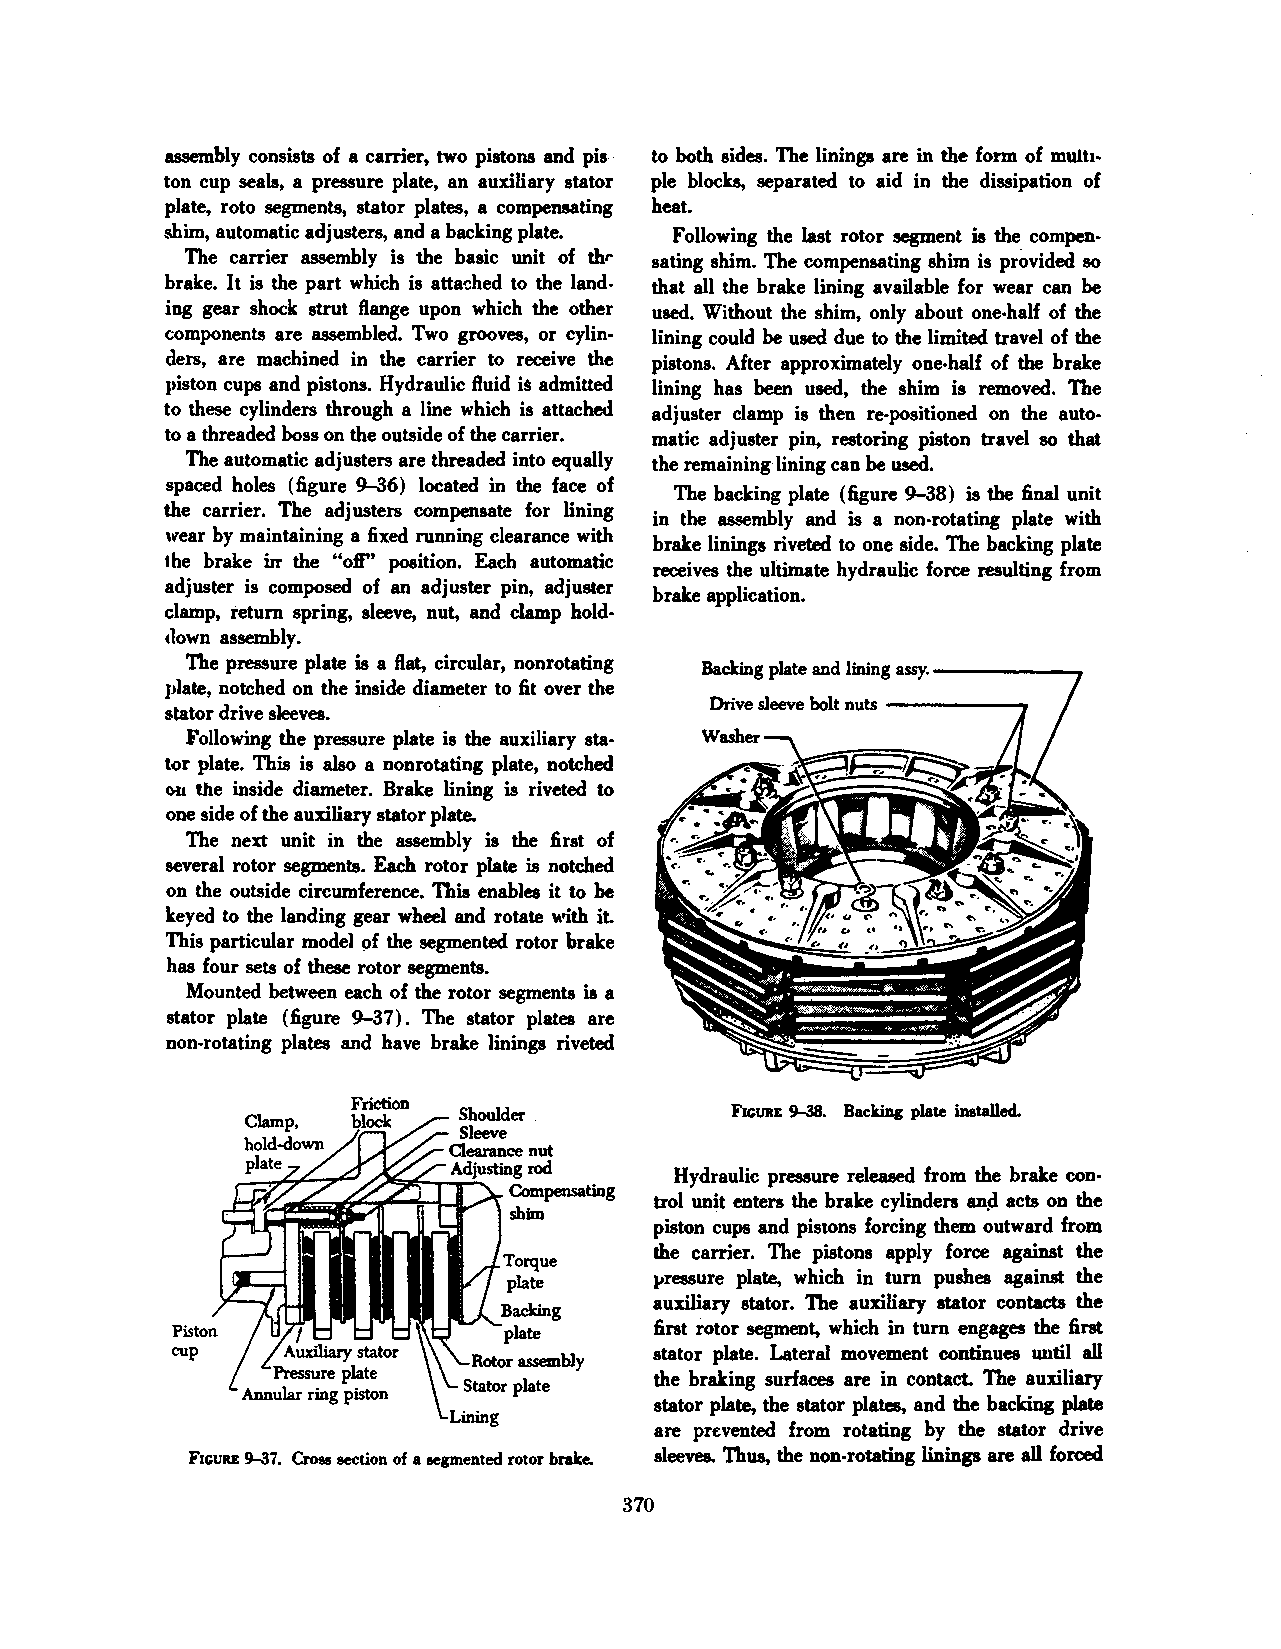
assembly consists of a carrier, two pistons and pis to both sides. The linings are in the form of multi·
 ton cup seals, a pressure plate, an auxiliary stator ple blocks, separated to aid in the dissipation of
 plate, roto segments, stator plates, a compensating heat.
 shim, automatic adjusters, and a backing plate. Following the last rotor segment is the compen
 The carrier assembly is the basic unit of thr sating shim. The compensating shim is provided 80
 brake. It is the part which is atta-::hed to the land that all the brake lining available for wear can be
 ing gear shock strut flange upon which the other used. Without the shim, only about one-half of the
 components are assembled. Two grooves, or cylin· lining could be used due to the limited travel of the
 clers, are machined in the carrier to receive the pistons. After approximately one-half of the brake
 piston cups and pistons. Hydraulic fluid is admitted lining has been used, the shim is removed. The
 to these cylinders through a line which is attached adjuster clamp is then re-positioned on the auto
 to a threaded boss on the outside of the carrier. matic adjuster pin, restoring piston travel 80 that
 The automatic adjusters are threaded into equally the remaining lining can be used.
 spaced holes (figure 9-36) located in the face of
 The backing plate (figure 9-38) is the final unit
 the carrier. The adjusters compensate for lining
 in the assembly and is a non-rotating plate with
 wear by maintaining a fixed running clearance with
 brake linings riveted to one side. The backing plate
 the brake in the "off'' position. Each automatic
 receives the ultimate hydraulic force resulting from
 adjuster is composed of an adjuster pin, adjuster
 brake application.
 clamp, return spring, sleeve, nut, and clamp hold
 clown assembly.
 The pressure plate is a flat, circular, nonrotating
 Backing plate and lining assy. -------.
 plate, notched on the inside diameter to fit over the
 Drive sleeve bolt nuts -----.....,
 stator drive sleeves.
 Following the pressure plate is the auxiliary sta
 tor plate. This is also a nonrotating plate, notched
 e>r1 the inside diameter. Brake lining is riveted to
 one side of the auxiliary stator plate.
 The next unit in the assembly is the first of
 several rotor segments. Each rotor plate is notched
 on the outside circumference. This enables it to be
 keyed to the landing gear wheel and rotate with it.
 This particular model of the segmented rotor brake
 has four sets of these rotor segments.
 Mounted between each of the rotor segments is a
 stator plate (figure 9-37). The stator plates are
 non-rotating plates and have brake linings riveted
 Friction
 FicuaE 9-38. Backing plate installed.
 Hydraulic pressure released from the brake con
 trol unit enters the brake cylinders an,!~ acts on the
 piston cups and pistons forcing them outward from
 the carrier. The pistons apply force against the
 }'ressure plate, which in tum pushes against the
 auxiliary stator. The auxiliary stator contacts the
 Piston                          first rotor segment, which in tum engages the first
 cup                             stator plate. Lateral movement continues until all
 the braking surfaces are in contact. The auxiliary
 stator plate, the stator plates, and the backing plate
 are prevented from rotating by the stator drive
 FICURE 9-37. Cross section of a segmented rotor brake. sleeves. Thus, the non-rotating linings are all forced
 370